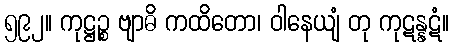
၅၉၂။ ကုဋ္ဌဉ္စ ဗျာဓိ ကထိတော၊ ဝါနေယျံ တု ကုဋန္နဋံ။